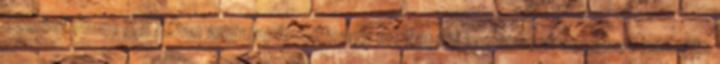
ezelőtt 18:01 XXXDan anyajapánmilfnagy melljapán anyanagyi seggbe 1 hónapja